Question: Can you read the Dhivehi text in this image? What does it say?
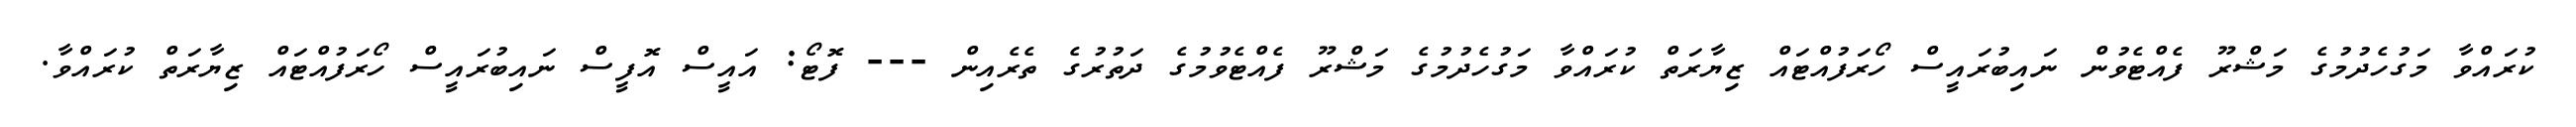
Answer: ކުރައްވާ މަގުހެދުމުގެ މަޝްރޫ ފެއްޓެވުން ނައިބުރައީސް ހޯރަފުއްޓައް ޒިޔާރަތް ކުރައްވާ މަގުހެދުމުގެ މަޝްރޫ ފެއްޓެވުމުގެ ދަތުރުގެ ތެރެއިން --- ފޮޓޯ: އައީސް އޮފީސް ނައިބުރައީސް ހޯރަފުއްޓައް ޒިޔާރަތް ކުރައްވާ.